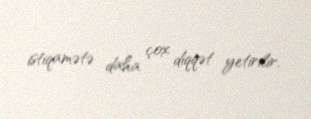
istiqamətə daha çox diqqət yetirilir.